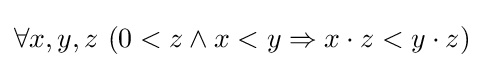
\forall x,y,z\ (0<z\land x<y\Rightarrow x\cdot z<y\cdot z)